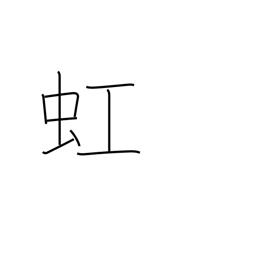
Meaning: rainbow